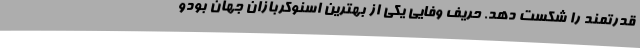
قدرتمند را شکست دهد. حریف وفایی یکی از بهترین اسنوکربازان جهان بودو